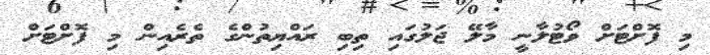
މި ފޮށްޓަށް ވޯޓުލާނީ މާލޭ ޖަލުގައި ތިބި ރައްޔިތުންގެ ތެރެއިން މި ފޮށްޓަށް